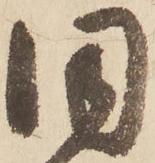
同